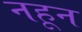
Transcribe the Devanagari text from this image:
नहून